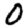
Digit: 0